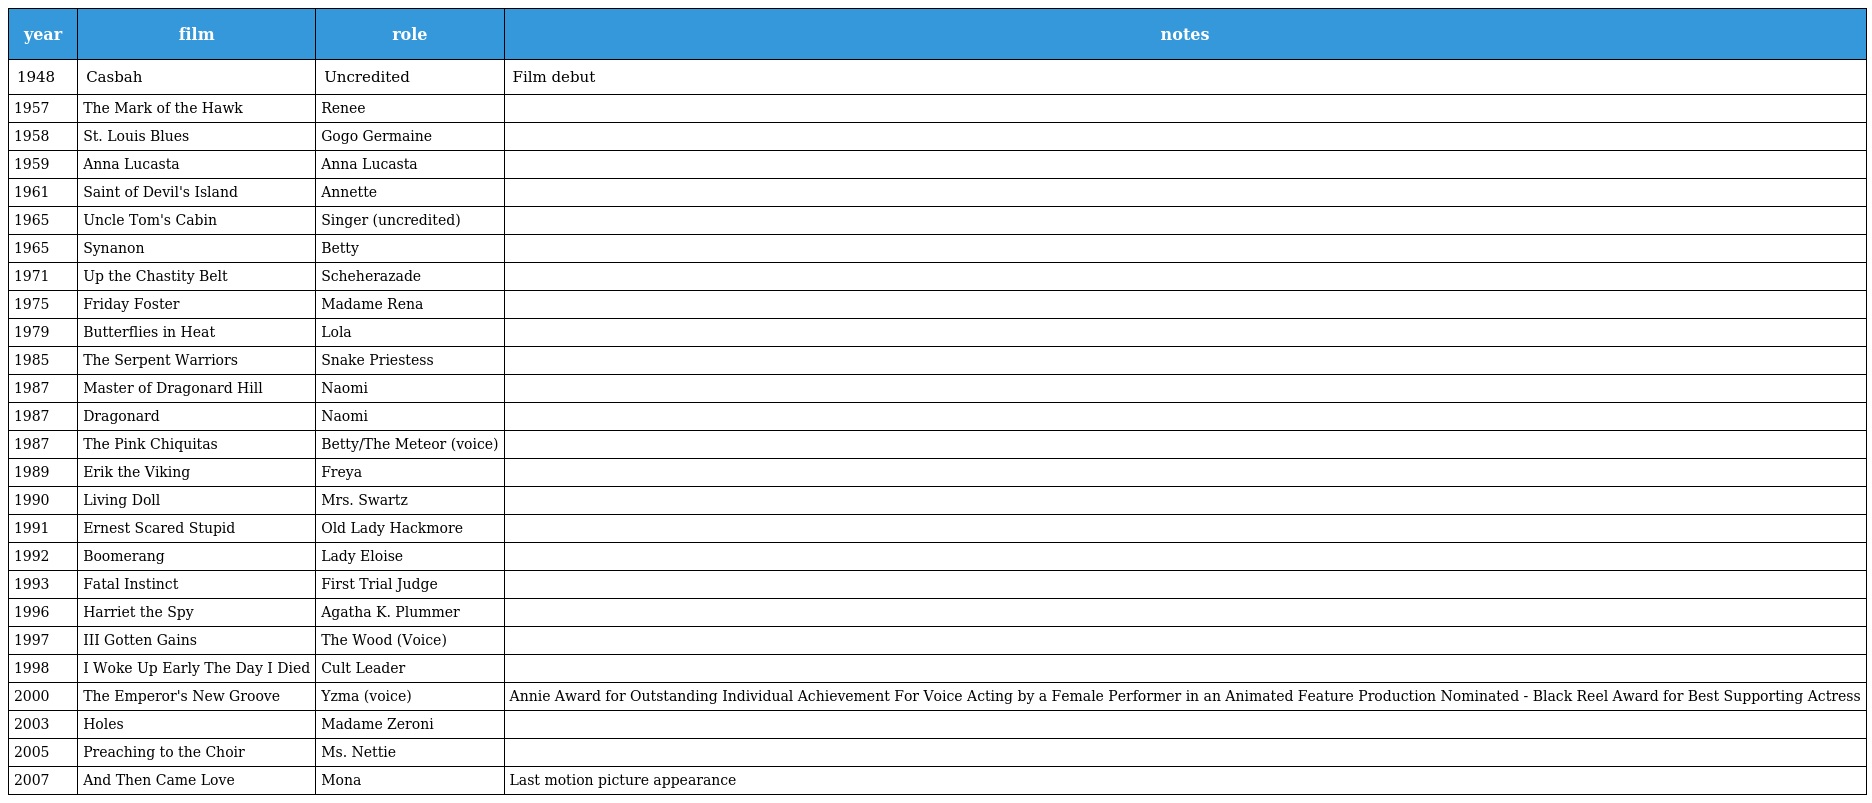
| year | film | role | notes |
 | --- | --- | --- | --- |
 | 1948 | Casbah | Uncredited | Film debut |
 | 1957 | The Mark of the Hawk | Renee |  |
 | 1958 | St. Louis Blues | Gogo Germaine |  |
 | 1959 | Anna Lucasta | Anna Lucasta |  |
 | 1961 | Saint of Devil's Island | Annette |  |
 | 1965 | Uncle Tom's Cabin | Singer (uncredited) |  |
 | 1965 | Synanon | Betty |  |
 | 1971 | Up the Chastity Belt | Scheherazade |  |
 | 1975 | Friday Foster | Madame Rena |  |
 | 1979 | Butterflies in Heat | Lola |  |
 | 1985 | The Serpent Warriors | Snake Priestess |  |
 | 1987 | Master of Dragonard Hill | Naomi |  |
 | 1987 | Dragonard | Naomi |  |
 | 1987 | The Pink Chiquitas | Betty/The Meteor (voice) |  |
 | 1989 | Erik the Viking | Freya |  |
 | 1990 | Living Doll | Mrs. Swartz |  |
 | 1991 | Ernest Scared Stupid | Old Lady Hackmore |  |
 | 1992 | Boomerang | Lady Eloise |  |
 | 1993 | Fatal Instinct | First Trial Judge |  |
 | 1996 | Harriet the Spy | Agatha K. Plummer |  |
 | 1997 | III Gotten Gains | The Wood (Voice) |  |
 | 1998 | I Woke Up Early The Day I Died | Cult Leader |  |
 | 2000 | The Emperor's New Groove | Yzma (voice) | Annie Award for Outstanding Individual Achievement For Voice Acting by a Female Performer in an Animated Feature Production Nominated - Black Reel Award for Best Supporting Actress |
 | 2003 | Holes | Madame Zeroni |  |
 | 2005 | Preaching to the Choir | Ms. Nettie |  |
 | 2007 | And Then Came Love | Mona | Last motion picture appearance |